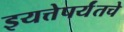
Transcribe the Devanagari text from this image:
इयत्तेपर्यंतचे